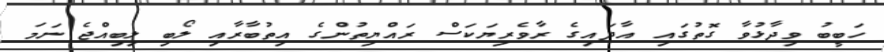
ހަބީބު ވިދާޅުވާ ގޮތުގައި އާދައިގެ ރާވެރިޔަކަސް ރައްޔިތުންގެ އިތުބާރާއި ލޯބި ލިބިއްޖެ ނަމަ